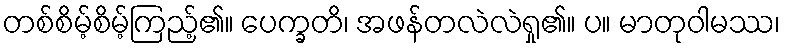
တစ်စိမ့်စိမ့်ကြည့်၏။ ပေက္ခတိ၊ အဖန်တလဲလဲရှု၏။ ပ။ မာတုဝါမဿ၊